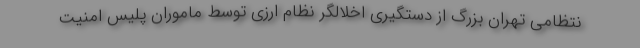
نتظامی تهران بزرگ از دستگیری اخلالگر نظام ارزی توسط ماموران پلیس امنیت